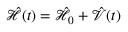
\mathcal { \hat { H } } ( t ) = \mathcal { \hat { H } } _ { 0 } + \mathcal { \hat { V } } ( t )